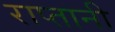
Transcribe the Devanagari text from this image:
राप्तानी